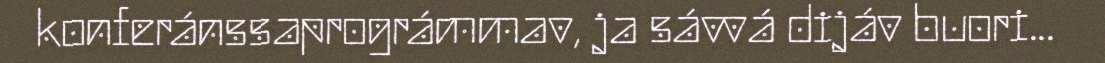
konferánssaprográmmav, ja sávvá dijáv buori...